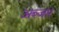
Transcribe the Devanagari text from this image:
अब्जार